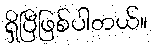
ရှိပြီဖြစ်ပါတယ်။